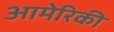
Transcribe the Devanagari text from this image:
आमेरिकी